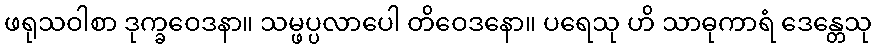
ဖရုသဝါစာ ဒုက္ခဝေဒနာ။ သမ္ဖပ္ပလာပေါ တိဝေဒနော။ ပရေသု ဟိ သာဓုကာရံ ဒေန္တေသု